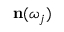
\mathbf { n } ( \omega _ { j } )